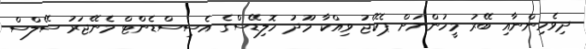
ދިވެހިންނާއި ބޭރު މީހުންނަށް ޕެކޭޖު ވިއްކާ މޫދު ހޮލިޑޭސްގެ އެސިސްޑެންޓް މެނޭޖަރު ސޭލްސް